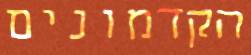
הקדמונים